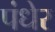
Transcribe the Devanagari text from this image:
पंधेर